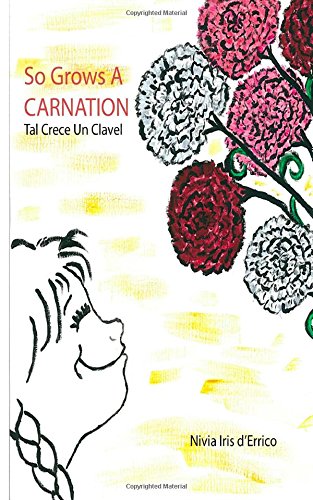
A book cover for So Grows A Carnation: Tal Crece Un Clavel; Nivia Iris d'Errico; Parenting & Relationships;